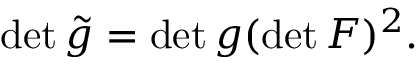
\operatorname* { d e t } { \tilde { g } } = \operatorname* { d e t } g ( \operatorname* { d e t } F ) ^ { 2 } .